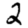
Digit: 2